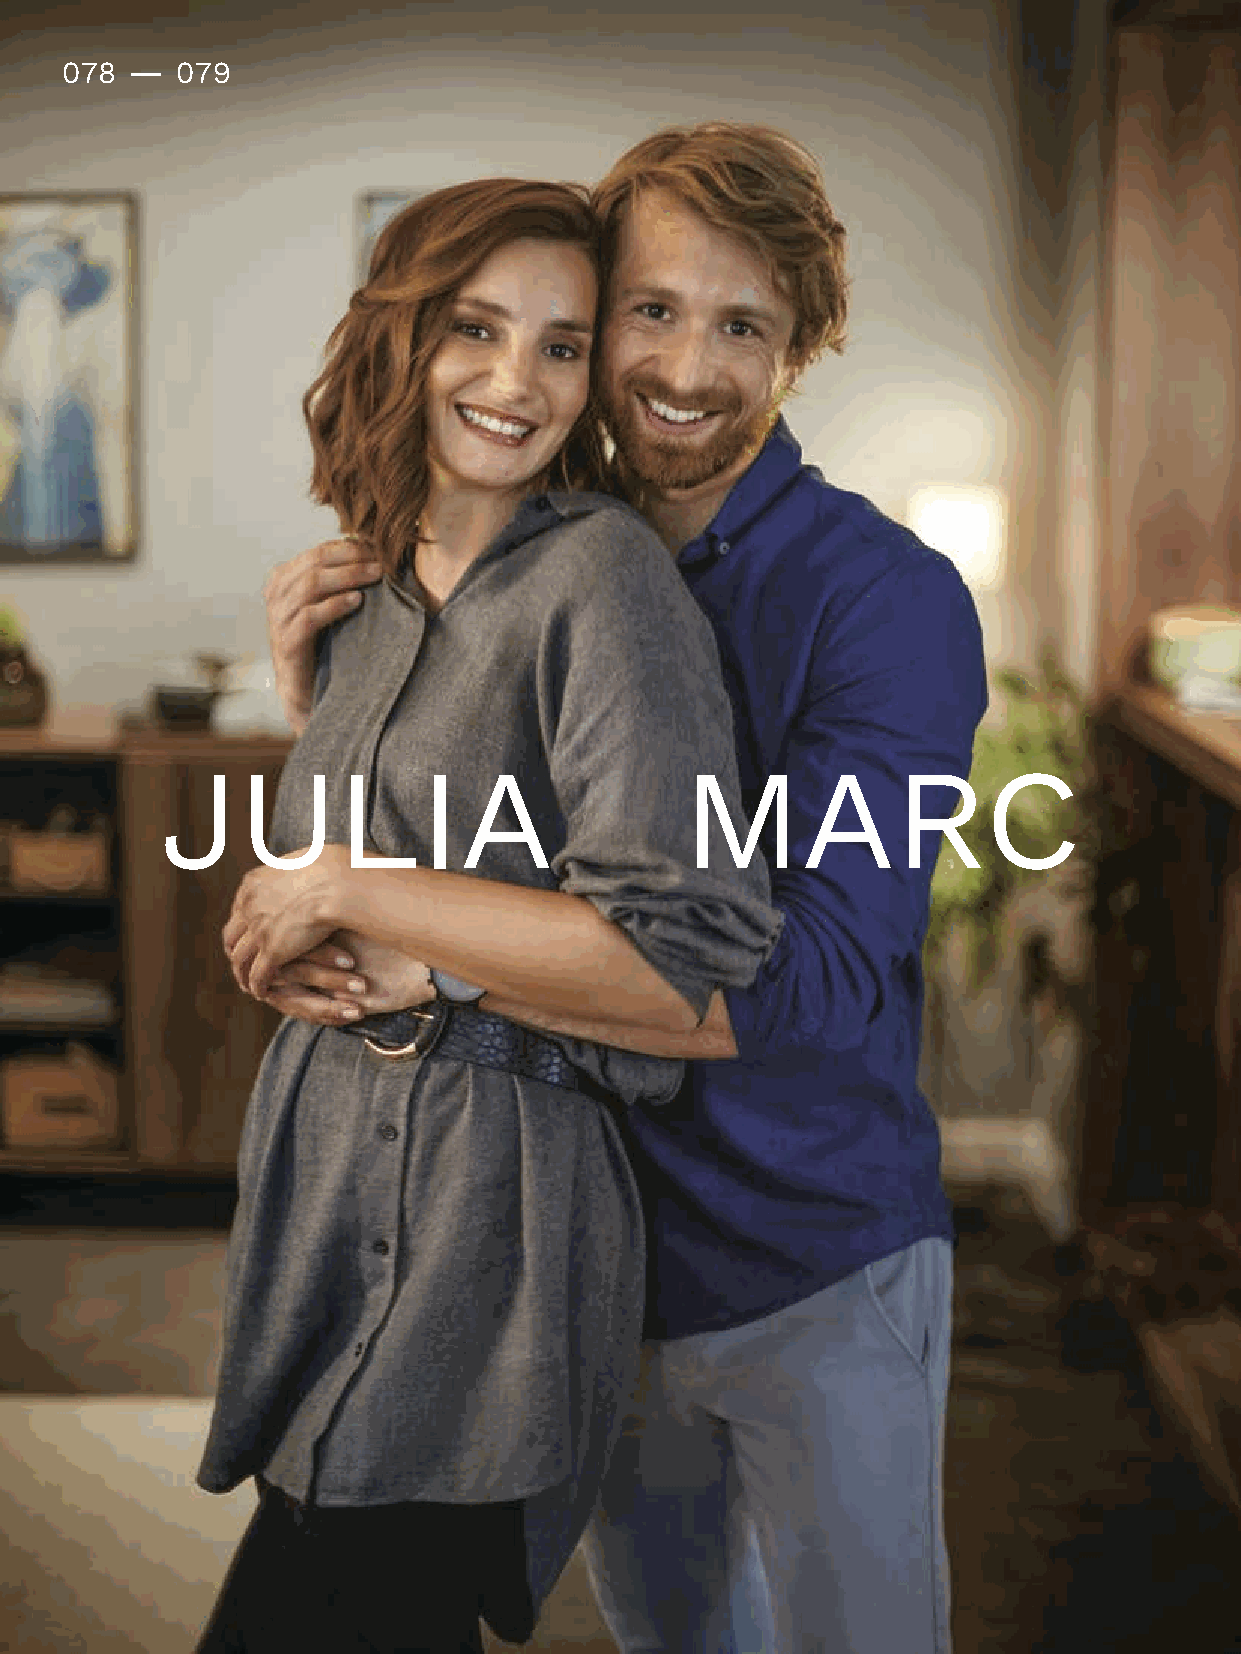
078 -   079
 JULIA                             MARC